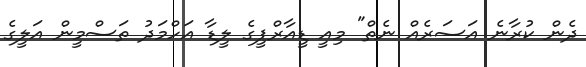
ދެން ކުރާނެ އަސަރެއް ނެތް" މިއީ ޑީއާރްޕީގެ ލީޑާ އަހްމަދު ތަސްމީން އަލީގެ